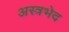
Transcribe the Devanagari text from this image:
अस्त्रभेद